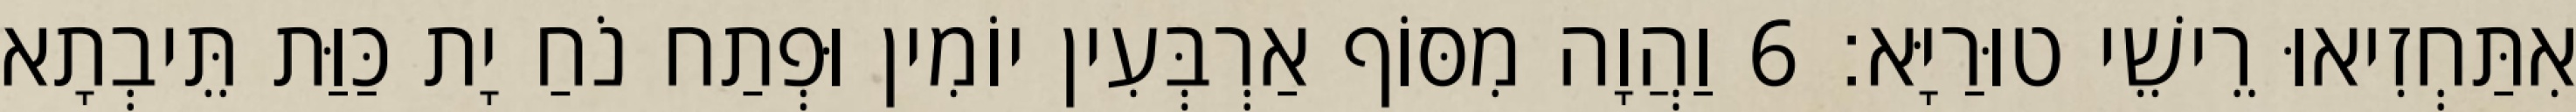
אִתַּחְזִיאוּ רֵישֵׁי טוּרַיָּא׃ 6 וַהֲוָה מִסּוֹף אַרְבְּעִין יוֹמִין וּפְתַח נֹחַ יָת כַּוַּת תֵּיבְתָא